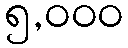
၅,၀၀၀